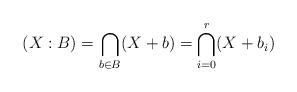
LaTeX: \begin{align*} (X:B)=\bigcap_{b\in B}(X+b)=\bigcap_{i=0}^{r} (X+b_i) \end{align*}